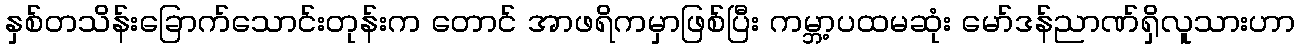
နှစ်တသိန်းခြောက်သောင်းတုန်းက တောင် အာဖရိကမှာဖြစ်ပြီး ကမ္ဘာ့ပထမဆုံး မော်ဒန်ညာဏ်ရှိလူသားဟာ